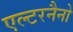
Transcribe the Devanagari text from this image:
एल्टरनैनो